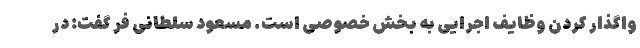
واگذار کردن وظایف اجرایی به بخش خصوصی است. مسعود سلطانی فر گفت: در